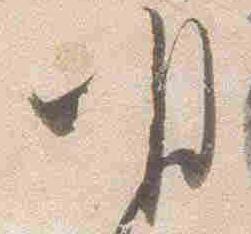
明